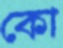
কো